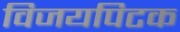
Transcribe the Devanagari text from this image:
विजयपिटक